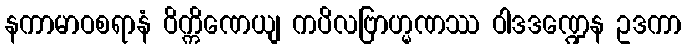
နကာမာဝစရာနံ ဝိက္ကိဏေယျ ကပိလဗြာဟ္မဏဿ ဝါဒဒဏ္ဍေန ဥဒကာ